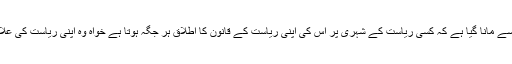
دوسرے اصول کی رو سے مانا گیا ہے کہ کسی ریاست کے شہری پر اس کی اپنی ریاست کے قانون کا اطلاق ہر جگہ ہوتا ہے خواہ وہ اپنی ریاست کی علاقائی حدود کے باہر ہو ۔